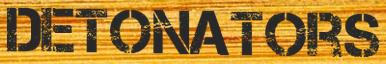
DETONATORS